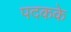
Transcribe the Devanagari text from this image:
पदकके